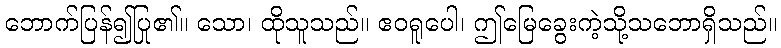
ဘောက်ပြန်၍ပြု၏။ သော၊ ထိုသူသည်။ ဧဝရူပေါ၊ ဤမြေခွေးကဲ့သို့သဘောရှိသည်။